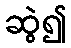
ဆွဲ၍